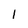
Character: 1